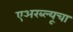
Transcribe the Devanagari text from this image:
एअरब्ल्यूचा